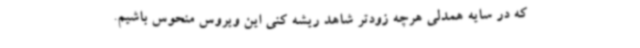
که در سایه همدلی هرچه زودتر شاهد ریشه کنی این ویروس منحوس باشیم.